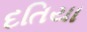
દતિયા